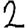
Digit: 2